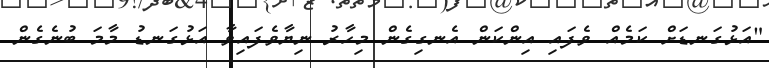
"އަޅުގަނޑަށް ކަމެއް ވެފައި އިންކަން އެނގިގެން މިހާރު ނިޔާވެފައިވާ އަޅުގަނޑު މާމަ ބުނެގެން